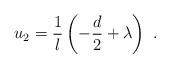
LaTeX: \begin{align*} u_2 = \frac1l \left(-\frac{d}2 +\lambda \right)~.\end{align*}